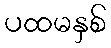
ပထမနှစ်